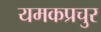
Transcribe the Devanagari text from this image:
यमकप्रचुर